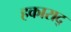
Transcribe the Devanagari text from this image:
हकाराद्